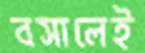
বসালেই